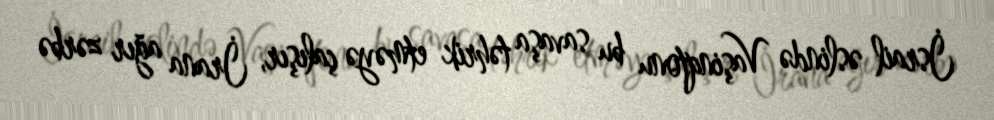
İsrail əslində Vaşinqtonu bu savaşa təhrik etməyə çalışır, İrana ağır zərbə